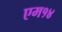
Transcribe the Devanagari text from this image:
एम१४